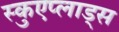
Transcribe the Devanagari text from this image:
स्कुएप्लाड्स